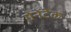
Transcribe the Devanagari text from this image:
गेनेंटेक